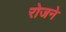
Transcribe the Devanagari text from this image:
रोजने